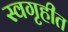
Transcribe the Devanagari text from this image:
स्वगृहीत